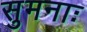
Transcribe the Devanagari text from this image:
सुमनाः